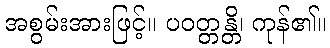
အစွမ်းအားဖြင့်။ ပဝတ္တန္တိ၊ ကုန်၏။